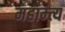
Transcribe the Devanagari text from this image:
महाम्त्य